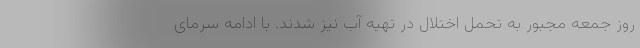
روز جمعه مجبور به تحمل اختلال در تهیه آب نیز شدند. با ادامه سرمای